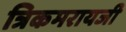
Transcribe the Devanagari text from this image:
त्रिकमरायजी